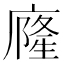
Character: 𭙹